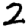
Digit: 2